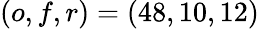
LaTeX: \left(o,f,r\right)=\left(48,10,12\right)